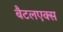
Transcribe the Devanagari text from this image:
बैटलएक्स